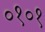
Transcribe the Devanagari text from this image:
०१०१